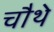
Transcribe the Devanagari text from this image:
चाैथे